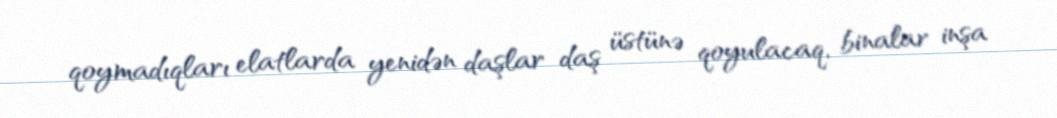
qoymadıqları elatlarda yenidən daşlar daş üstünə qoyulacaq, binalar inşa